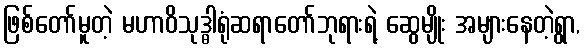
ဖြစ်တော်မူတဲ့ မဟာဝိသုဒ္ဓါရုံဆရာတော်ဘုရားရဲ့ ဆွေမျိုး အများနေတဲ့ရွာ,